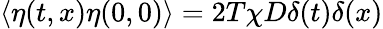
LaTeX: \langle\eta(t,x)\eta(0,0)\rangle=2T\chi D\delta(t)\delta(x)